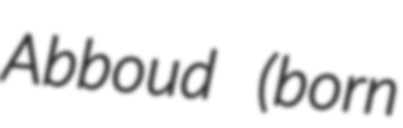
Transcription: Abboud (born